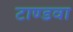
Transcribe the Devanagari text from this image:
टाण्डवा